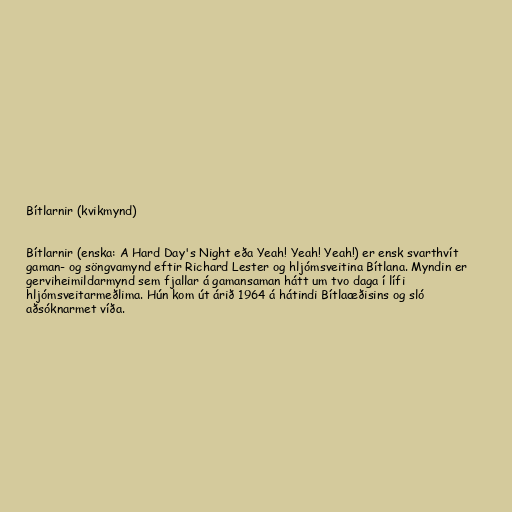
Bítlarnir (kvikmynd)

Bítlarnir (enska: A Hard Day's Night eða Yeah! Yeah! Yeah!) er ensk svarthvít
gaman- og söngvamynd eftir Richard Lester og hljómsveitina Bítlana. Myndin er
gerviheimildarmynd sem fjallar á gamansaman hátt um tvo daga í lífi
hljómsveitarmeðlima. Hún kom út árið 1964 á hátindi Bítlaæðisins og sló
aðsóknarmet víða.